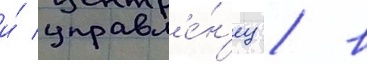
и́ управл'е́н'ец / в